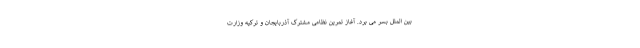
بین الملل بسر می برد. آغاز تمرین نظامی مشترک آذربایجان و ترکیه وزارت